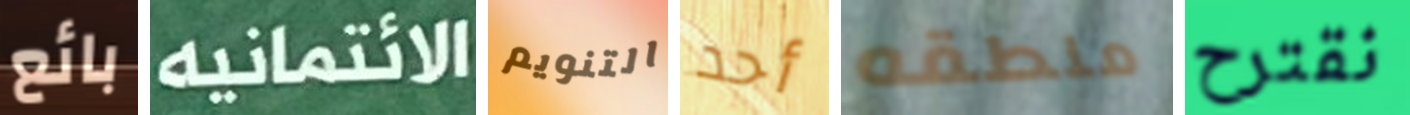
بائع الائتمانيه التنويم أحد منطقه نقترح